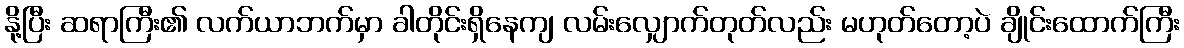
နို့ပြီး ဆရာကြီး၏ လက်ယာဘက်မှာ ခါတိုင်းရှိနေကျ လမ်းလျှောက်တုတ်လည်း မဟုတ်တော့ပဲ ချိုင်းထောက်ကြီး